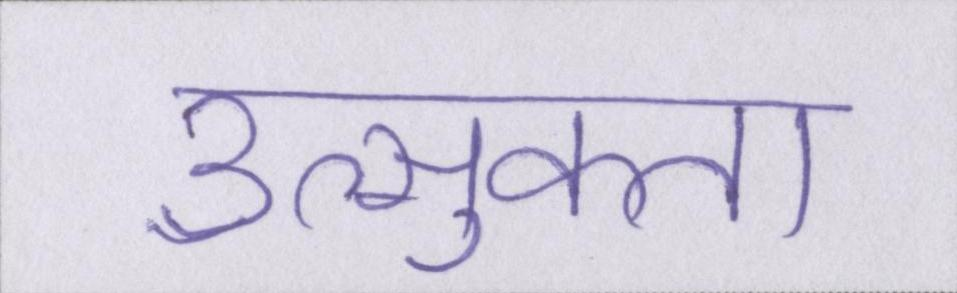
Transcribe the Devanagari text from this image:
उत्सुकता